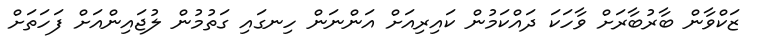
ޒަކްވާން ބާރުބާރަށް ވާހަކަ ދައްކަމުން ކައިރިއަށް އަންނަން ހިނގައި ގަތުމުން ލުޖައިންއަށް ފަހަތަށް